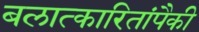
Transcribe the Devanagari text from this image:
बलात्‍कारितांपैकी